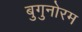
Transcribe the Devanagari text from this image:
बुगुनोरम